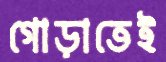
গোড়াতেই